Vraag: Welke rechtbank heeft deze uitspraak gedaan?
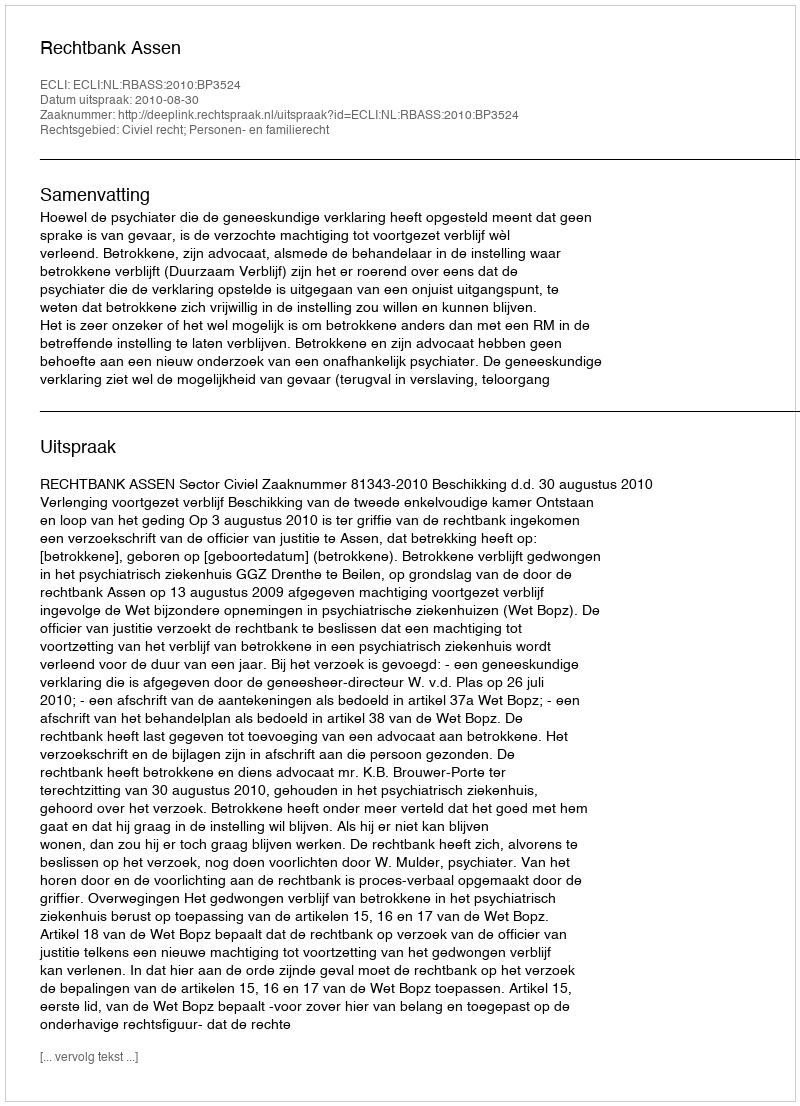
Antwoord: Rechtbank Assen